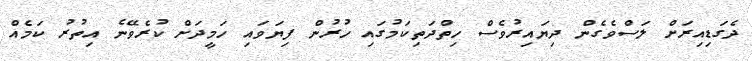
ދެގަޑިއިރަށް ލަސްވެގެން ދިޔައިރުވެސް ހިތްދަތިކަމުގައި ހުރުން ފިޔަވައި ހަމީދަށް ކުރެވޭނެ އިތުރު ކަމެއް